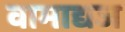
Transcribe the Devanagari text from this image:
वामाद्यज